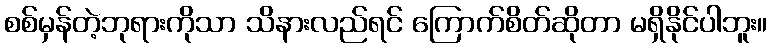
စစ်မှန်တဲ့ဘုရားကိုသာ သိနားလည်ရင် ကြောက်စိတ်ဆိုတာ မရှိနိုင်ပါဘူး။